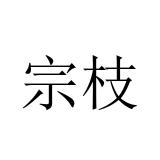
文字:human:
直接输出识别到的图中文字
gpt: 宗枝